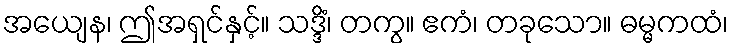
အယျေန၊ ဤအရှင်နှင့်။ သဒ္ဒိံ၊ တကွ။ ဧကံ၊ တခုသော။ ဓမ္မကထံ၊